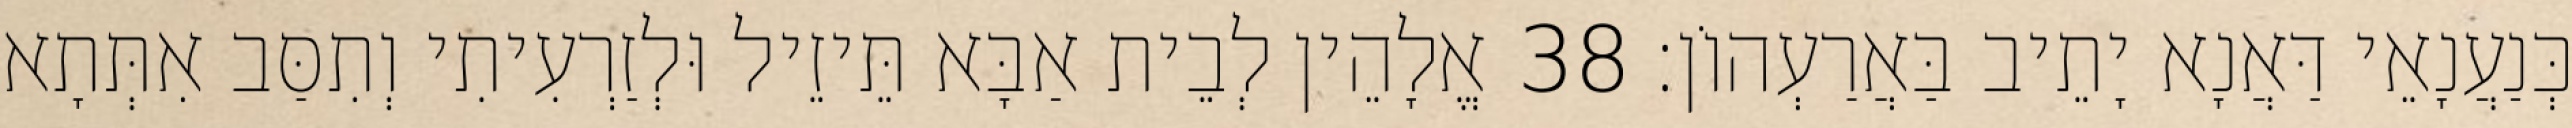
כְּנַעֲנָאֵי דַּאֲנָא יָתֵיב בַּאֲרַעְהוֹן׃ 38 אֱלָהֵין לְבֵית אַבָּא תֵּיזֵיל וּלְזַרְעִיתִי וְתִסַּב אִתְּתָא